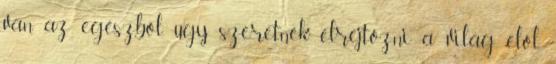
van az egészből, úgy szeretnék elrejtőzni a világ elől.